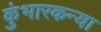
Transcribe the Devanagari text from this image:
कुंभारकन्या